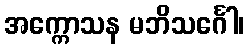
အက္ကောသန မဘိသင်္ဂေါ၊